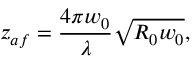
z _ { a f } = \frac { 4 \pi w _ { 0 } } { \lambda } \sqrt { R _ { 0 } w _ { 0 } } ,